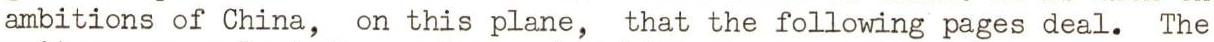
ambitions of China, on this plane, that the following pages deal. The